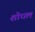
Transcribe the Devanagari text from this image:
शोधलं